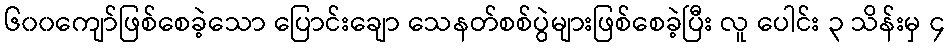
၆၀၀ကျော်ဖြစ်စေခဲ့သော ပြောင်းချော သေနတ်စစ်ပွဲများဖြစ်စေခဲ့ပြီး လူ ပေါင်း ၃ သိန်းမှ ၄